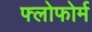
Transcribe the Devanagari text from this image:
फ्लोफोर्म